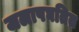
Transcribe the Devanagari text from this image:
जलापघतित